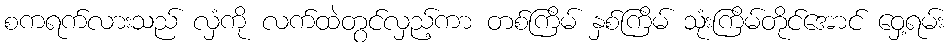
စကရက်လားသည် လှံကို လက်ထဲတွင်လှည့်ကာ တစ်ကြိမ် နှစ်ကြိမ် သုံးကြိမ်တိုင်အောင် ဝှေ့ရမ်း